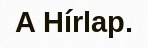
A Hírlap.